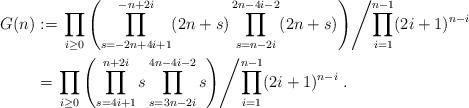
LaTeX: \begin{align*} G(n) &:= \left.\prod_{i \ge 0} \left( \prod_{s=-2n+4i+1}^{-n+2i}(2n+s)\prod_{s=n-2i}^{2n-4i-2}(2n+s) \right) \middle/ \prod_{i=1}^{n-1} (2i+1)^{n-i} \right. \\ &= \left.\prod_{i \ge 0} \left( \prod_{s=4i+1}^{n+2i} s \prod_{s=3n-2i}^{4n-4i-2} s \right) \middle/ \prod_{i=1}^{n-1} (2i+1)^{n-i} \right.. \end{align*}